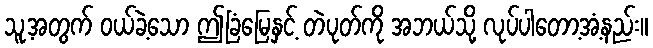
သူ့အတွက် ဝယ်ခဲ့သော ဤခြံမြေနှင့် တဲပုတ်ကို အဘယ်သို့ လုပ်ပါတော့အံ့နည်း။